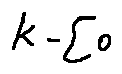
k - \sum o